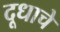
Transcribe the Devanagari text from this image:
दूधाचे